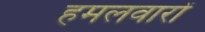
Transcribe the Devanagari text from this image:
हमलवारों